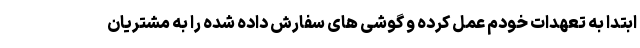
ابتدا به تعهدات خودم عمل کرده و گوشی های سفارش داده شده را به مشتریان